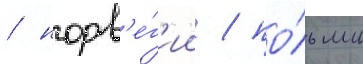
/ норв'е́г'ии / по́льши